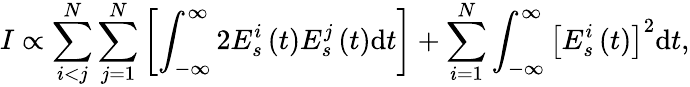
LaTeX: I\propto\sum_{i<j}^{N}\sum_{j=1}^{N}\left[\int_{-\infty}^{\infty}2E_{s}^{i}\left(t\right)E_{s}^{j}\left(t\right)\mathrm{d}t\right]+\sum_{i=1}^{N}\int_{-\infty}^{\infty}\left[E_{s}^{i}\left(t\right)\right]^{2}\mathrm{d}t,